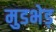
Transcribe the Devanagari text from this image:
मुडभेड़